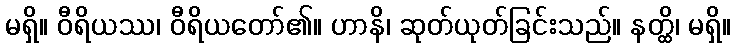
မရှိ။ ဝီရိယဿ၊ ဝီရိယတော်၏။ ဟာနိ၊ ဆုတ်ယုတ်ခြင်းသည်။ နတ္ထိ၊ မရှိ။